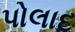
પોલાદ